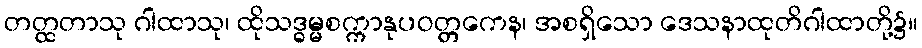
တတ္ထတာသု ဂါထာသု၊ ထိုသဒ္ဓမ္မစက္ကာနုပဝတ္တကေန၊ အစရှိသော ဒေသနာထုတိဂါထာတို့၌။